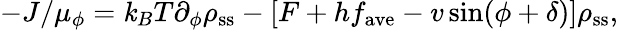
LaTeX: -J/\mu_{\phi}=\mathit{k}_{B}T\partial_{\phi}\rho_{\mathrm{{ss}}}-\left[F+hf_{\mathrm{{ave}}}-v\sin(\phi+\delta)\right]\rho_{\mathrm{{ss}}},